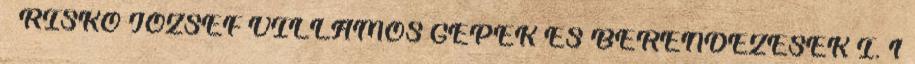
– RISKÓ JÓZSEF VILLAMOS GÉPEK ÉS BERENDEZÉSEK I. 1